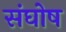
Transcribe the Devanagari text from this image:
संघोष